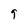
Character: 9